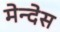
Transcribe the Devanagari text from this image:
मेन्देस